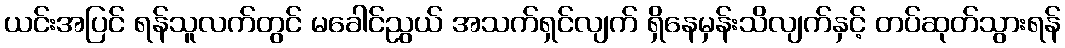
ယင်းအပြင် ရန်သူလက်တွင် မခေါင်ညွယ် အသက်ရှင်လျက် ရှိနေမှန်းသိလျက်နှင့် တပ်ဆုတ်သွားရန်